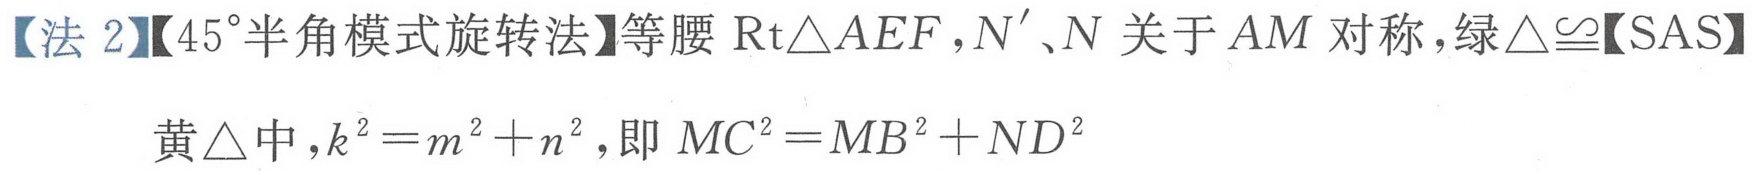
【法2】【$45^{\circ}$半角模式旋转法】等腰$\text{Rt}\triangle AEF$，$N'$、$N$关于$AM$对称，绿$\triangle\cong$【SAS】
黄$\triangle$中，$k^{2}=m^{2}+n^{2}$，即$MC^{2}=MB^{2}+ND^{2}$